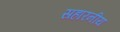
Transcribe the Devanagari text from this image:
सहारनीय